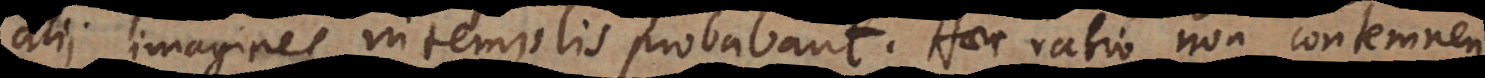
alii imagines in templis probabant. Haec ratio non contemnen